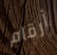
أرقام